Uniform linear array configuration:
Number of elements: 48
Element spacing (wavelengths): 0.5
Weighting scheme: kaiser
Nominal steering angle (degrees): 45
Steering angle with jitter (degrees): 46.088
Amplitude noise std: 0.05
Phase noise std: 0.05

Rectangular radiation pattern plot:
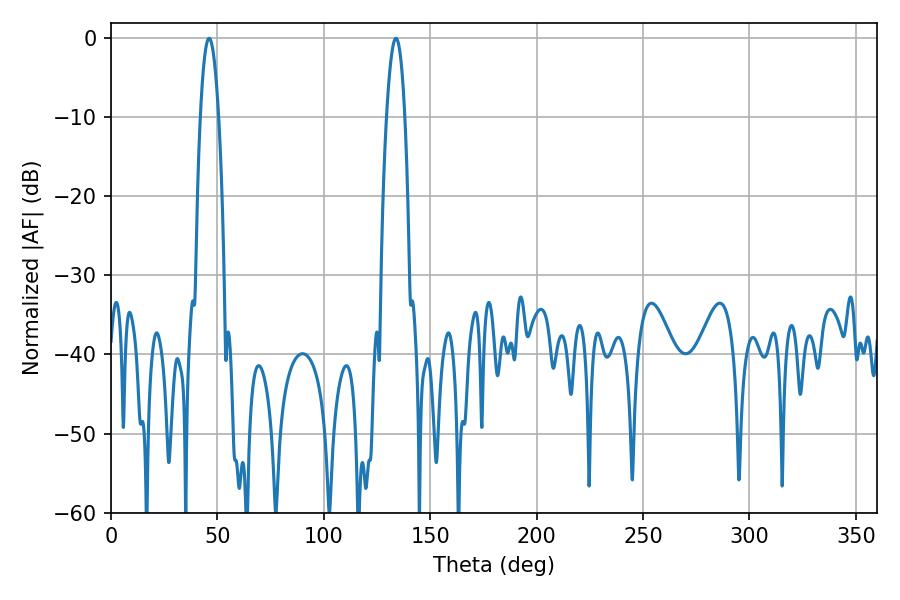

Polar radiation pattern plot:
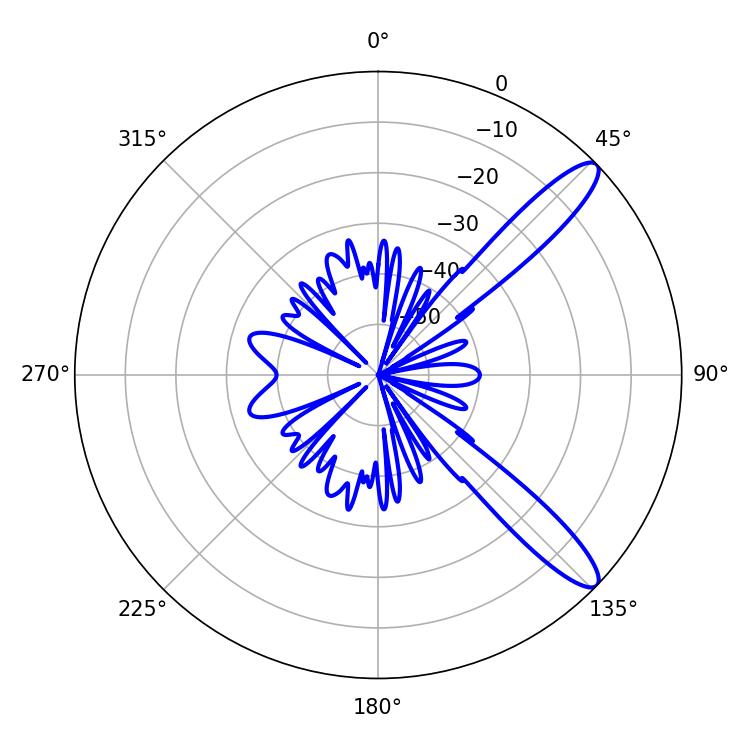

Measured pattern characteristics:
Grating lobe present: FALSE
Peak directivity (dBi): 11.911
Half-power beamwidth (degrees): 4.68
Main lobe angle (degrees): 46.08